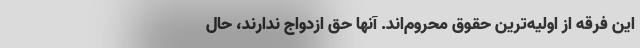
این فرقه از اولیه‌ترین حقوق محروم‌اند. آنها حق ازدواج ندارند، حال